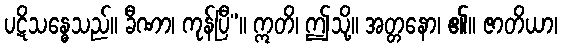
ပဋိသန္ဓေသည်။ ခီဏာ၊ ကုန်ပြီ”။ ဣတိ၊ ဤသို့။ အတ္တနော၊ ၏။ ဇာတိယာ၊